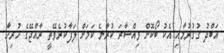
އަބްދު ގުގުރުމާއި އެކު ބޯކޮށް ވިއްސާރަ ކުރާނެ ކަމަށް ލަފާކުރެވޭތީ ރާއްޖޭގެ ހުރިހާ